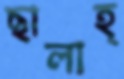
ছালাহ্